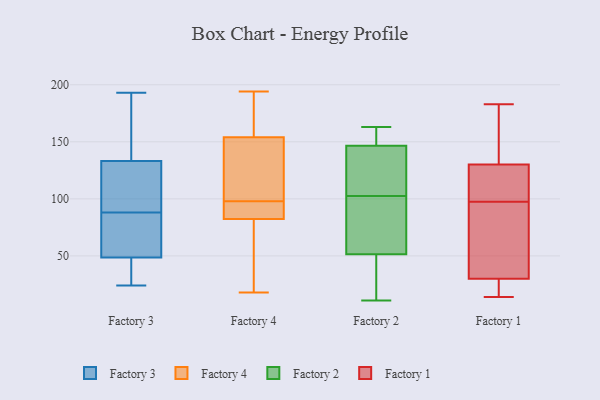
{"axis": {"x": "Latency (ms)", "y": "Value"}, "legend": ["Factory 1", "Factory 2", "Factory 3", "Factory 4"], "data": [{"x": "", "y": 27, "type": "Factory 3"}, {"x": "", "y": 134, "type": "Factory 3"}, {"x": "", "y": 147, "type": "Factory 3"}, {"x": "", "y": 53, "type": "Factory 3"}, {"x": "", "y": 24, "type": "Factory 3"}, {"x": "", "y": 131, "type": "Factory 3"}, {"x": "", "y": 50, "type": "Factory 3"}, {"x": "", "y": 88, "type": "Factory 3"}, {"x": "", "y": 48, "type": "Factory 3"}, {"x": "", "y": 193, "type": "Factory 3"}, {"x": "", "y": 131, "type": "Factory 3"}, {"x": "", "y": 182, "type": "Factory 4"}, {"x": "", "y": 158, "type": "Factory 4"}, {"x": "", "y": 142, "type": "Factory 4"}, {"x": "", "y": 128, "type": "Factory 4"}, {"x": "", "y": 98, "type": "Factory 4"}, {"x": "", "y": 160, "type": "Factory 4"}, {"x": "", "y": 86, "type": "Factory 4"}, {"x": "", "y": 44, "type": "Factory 4"}, {"x": "", "y": 82, "type": "Factory 4"}, {"x": "", "y": 83, "type": "Factory 4"}, {"x": "", "y": 18, "type": "Factory 4"}, {"x": "", "y": 123, "type": "Factory 4"}, {"x": "", "y": 86, "type": "Factory 4"}, {"x": "", "y": 19, "type": "Factory 4"}, {"x": "", "y": 194, "type": "Factory 4"}, {"x": "", "y": 55, "type": "Factory 2"}, {"x": "", "y": 163, "type": "Factory 2"}, {"x": "", "y": 48, "type": "Factory 2"}, {"x": "", "y": 146, "type": "Factory 2"}, {"x": "", "y": 151, "type": "Factory 2"}, {"x": "", "y": 80, "type": "Factory 2"}, {"x": "", "y": 147, "type": "Factory 2"}, {"x": "", "y": 21, "type": "Factory 2"}, {"x": "", "y": 115, "type": "Factory 2"}, {"x": "", "y": 90, "type": "Factory 2"}, {"x": "", "y": 11, "type": "Factory 2"}, {"x": "", "y": 137, "type": "Factory 2"}, {"x": "", "y": 18, "type": "Factory 1"}, {"x": "", "y": 101, "type": "Factory 1"}, {"x": "", "y": 130, "type": "Factory 1"}, {"x": "", "y": 160, "type": "Factory 1"}, {"x": "", "y": 51, "type": "Factory 1"}, {"x": "", "y": 183, "type": "Factory 1"}, {"x": "", "y": 94, "type": "Factory 1"}, {"x": "", "y": 14, "type": "Factory 1"}, {"x": "", "y": 30, "type": "Factory 1"}, {"x": "", "y": 107, "type": "Factory 1"}]}